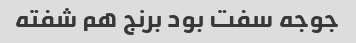
جوجه سفت بود برنج هم شفته